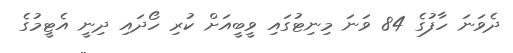
ދެވަނަ ހާފުގެ 84 ވަނަ މިނިޓުގައި ވީބީއަށް ކުރި ހޯދައި ދިނީ އެޓީމުގެ